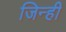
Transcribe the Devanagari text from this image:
जिन्ही